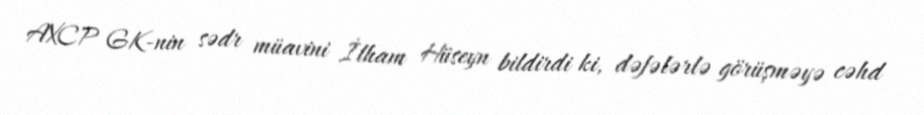
AXCP GK-nin sədr müavini İlham Hüseyn bildirdi ki, dəfələrlə görüşməyə cəhd